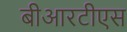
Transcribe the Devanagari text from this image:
बीआरटीएस